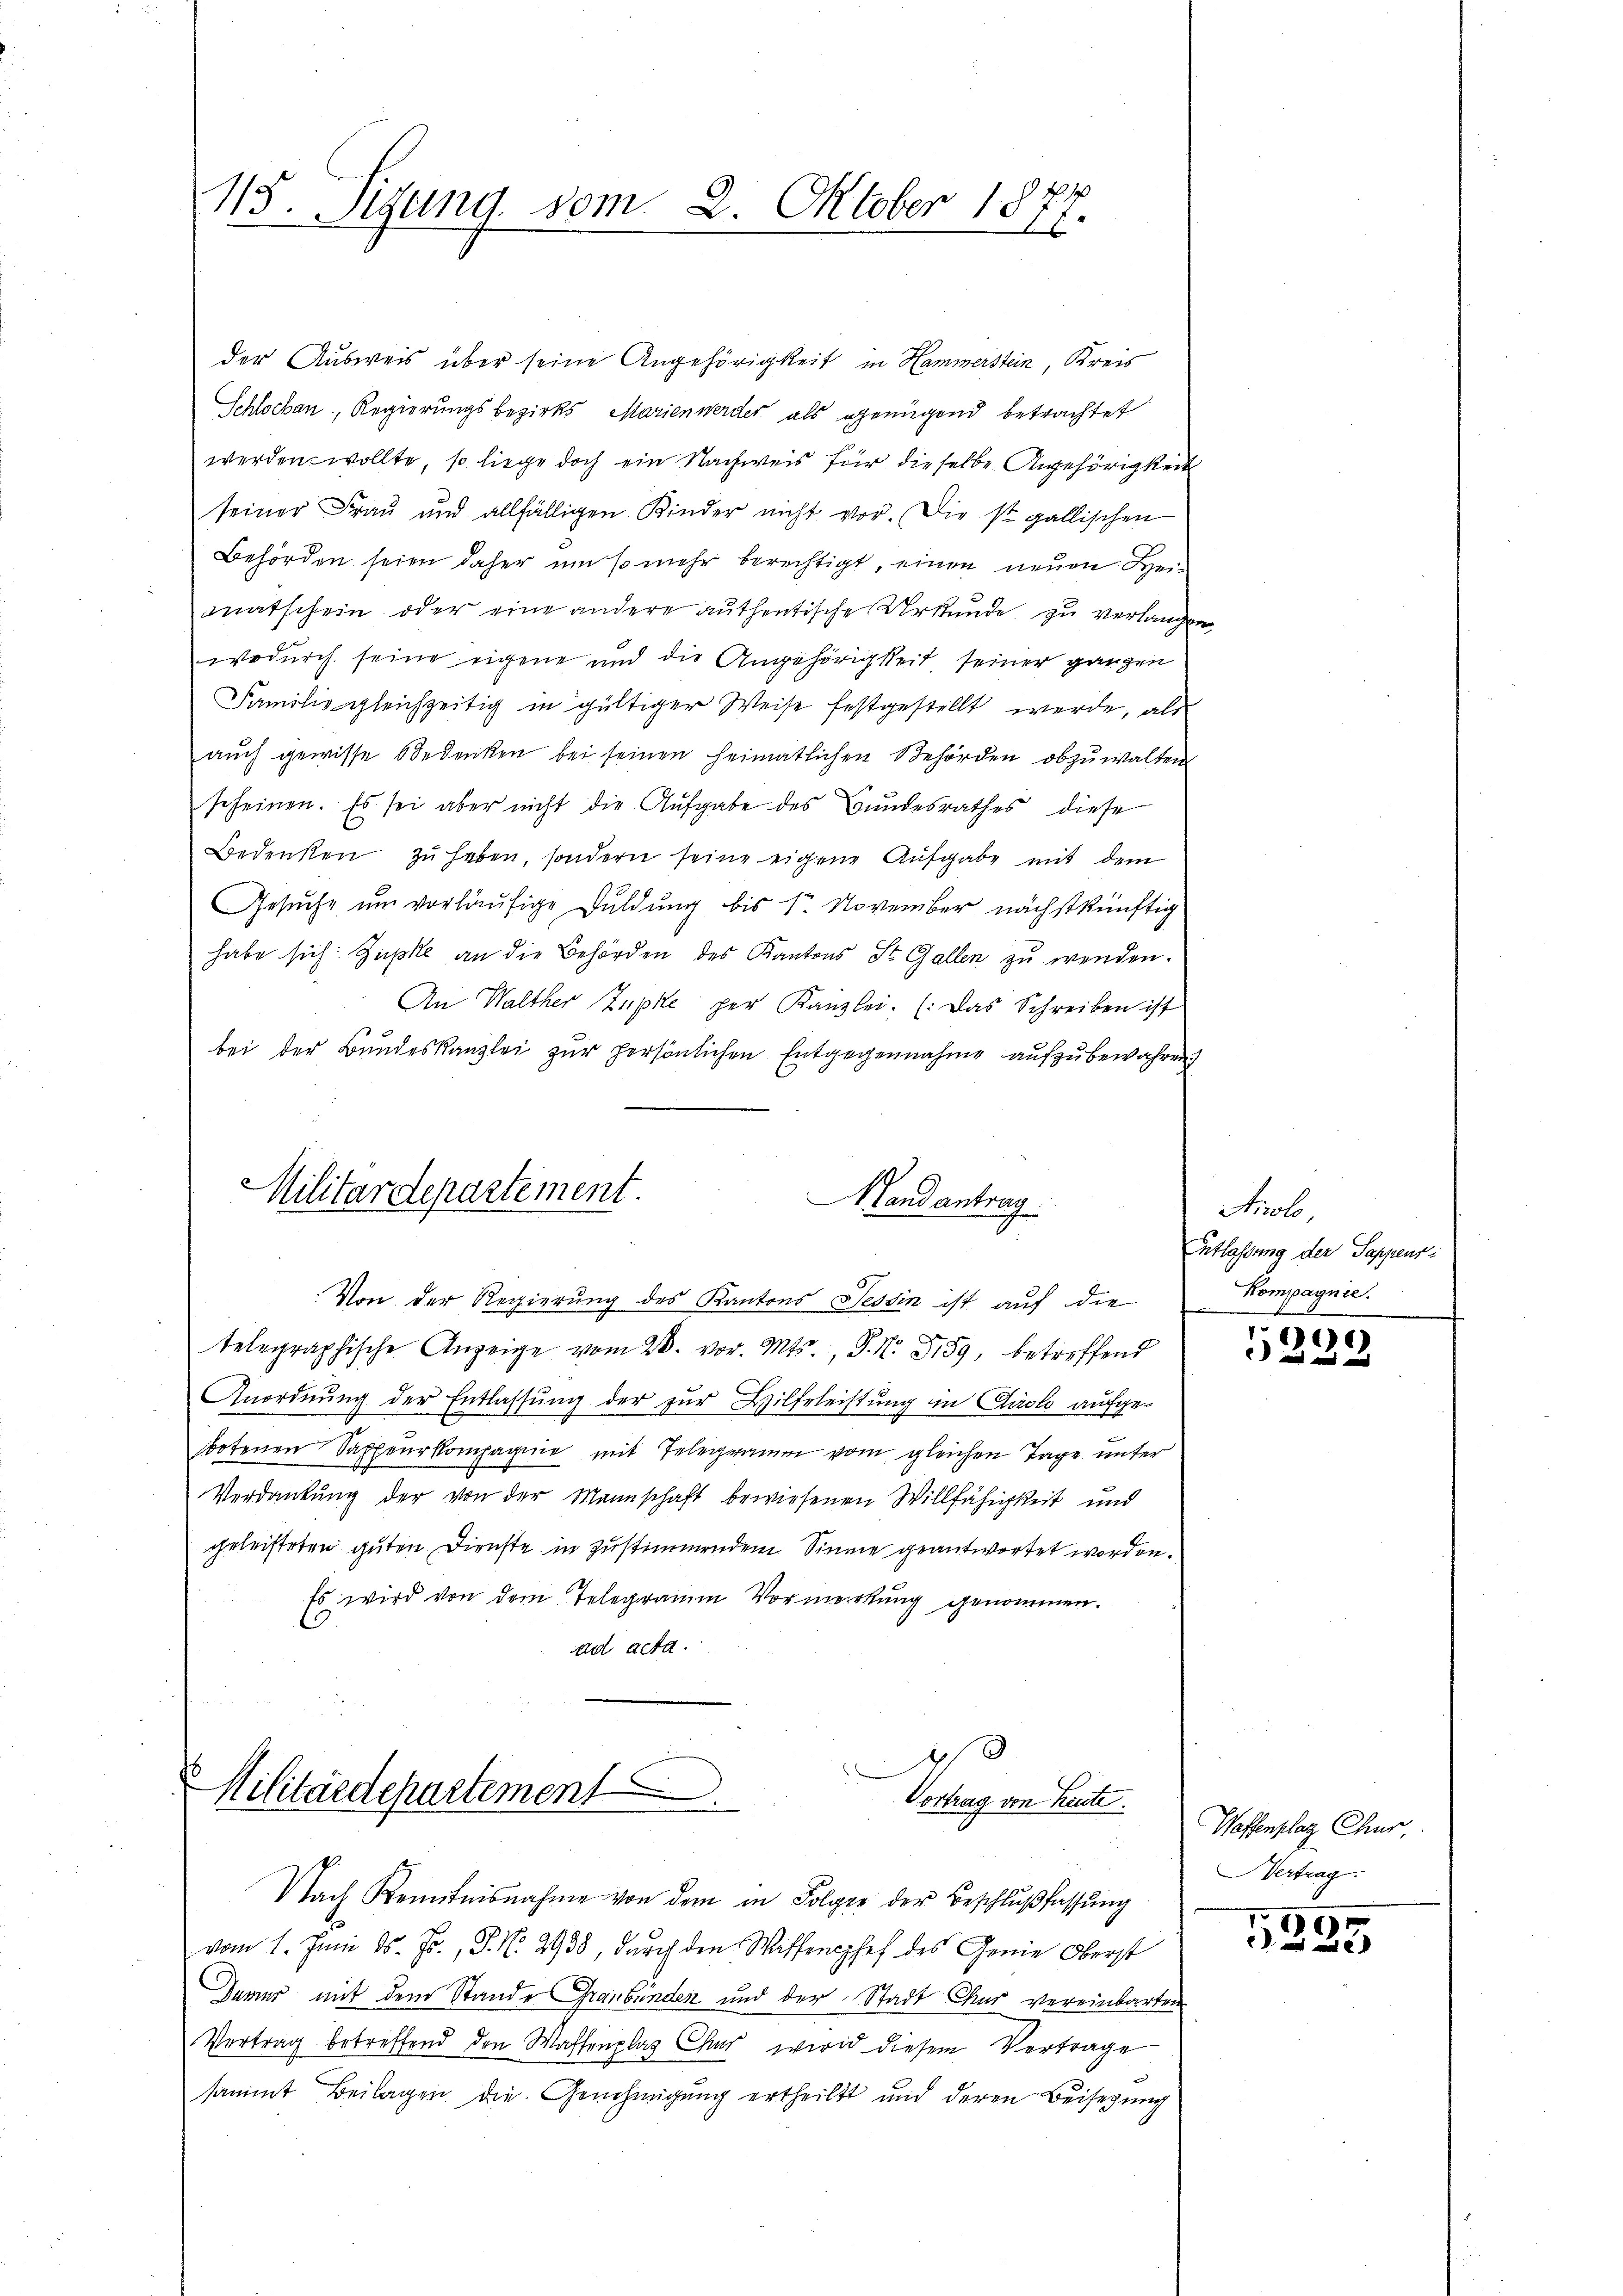
115. Sigung vom 2. Oktober 18
1

der Ausweis über seine Angehörigkeit in Hammerstein, Kreis
Schlochan, Regierungsbezirks Marienwerder als genügend betrachtet
werden wollte, so liege doch ein Nachweis für dieselbe Angehörigkeit
seiner Frau und allfälligen Kinder nicht vor. Die st. gallischen
Behörden seien daher um so mehr berechtigt, einen neuen Heimatschein oder eine andere authentische Urkunde zu verlangen,
wodurch seine eigene und die Angehörigkeit seiner ganzen
Familie gleichzeitig in gültiger Weise festgestellt werde, als
aŭch gewisse Bedenken bei seinen heimatlichen Behörden abzuwalten
scheinen. Es sei aber nicht die Aufgabe des Bundesrathes diese
Bedenken zu haben, sondern seine eigene Aufgabe mit dem
Gesuche um vorläufige Duldung bis 1. November nächstkünftig
habe sich Zupte an die Behörden des Kantons St. Gallen zŭ wenden.
An Walther Zupke per Kanzlei. (: Das Schreiben ist
bei der Bundeskanzlei zŭr persönlichen Entgegennahme aufzubewahren
Militärdepartement.
Mandantrag

Von der Regierung des Kantons Tessin ist aŭf die
u
telegraphische Anzeige vom 28. vor. Mts., S. N. 2159, betreffend
Anordnung der Entlassung der zur Hilfeleistung in Airolo aufgebotenen Sacheurkompagnie mit Telegramm vom gleichen Tage unter
Verdankung der von der Mannschaft bewiesenen Willfähigkeit und
geleisteten guten Dienste in zustimmendem Sinne geantwortet worden.
Es wird von dem Telegramm Vormerkung genommen.
ad acta.
3

Militärdepartement
Vortrag von heute.
Nach Kenntnisnahme von dem in Folger der Beschlußfassung
vom 1. Juni d. Js., P. No. 2938, durch den Waffenphef des Genie Oberst
Daver mit dem Stande Graubünden und der Stadt Chur vereinbarten
Vertrag betreffend den Waffenplaz Chur wird diesem Vertrage
sammt Beilagen die Genehmigung ertheilt und deren Beisezung

Airolo,
Entlassung der Sappeur:
Kompagnie.

60

Waffenplaz Chur
Vertrag.

5325